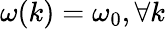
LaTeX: \omega(k)=\omega_{0},\forall k